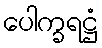
ပေါက္ခရဋ္ဌံ